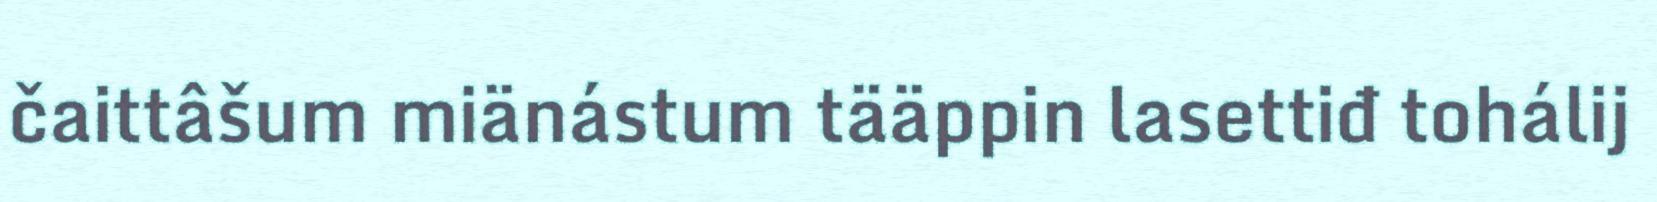
čaittâšum miänástum tääppin lasettiđ tohálij